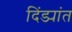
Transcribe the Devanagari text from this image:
दिंड्यांत